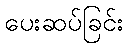
ပေးဆပ်ခြင်း